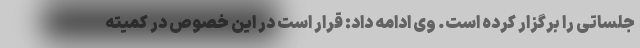
جلساتی را برگزار کرده است. وی ادامه داد: قرار است در این خصوص در کمیته